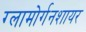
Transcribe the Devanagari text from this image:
ग्लामोर्गनशायर